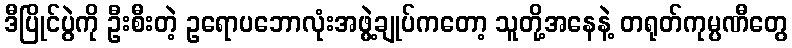
ဒီပြိုင်ပွဲကို ဦးစီးတဲ့ ဥရောပဘောလုံးအဖွဲ့ချုပ်ကတော့ သူတို့အနေနဲ့ တရုတ်ကုမ္ပဏီတွေ